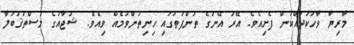
މާރިޔާ ވާހަކަދައްކަން ފެށިއެވެ. އޭރު އޭނަގެ ތުންފަތުގައި ހިނިތުންވުމެއް ވިއެވެ. ޝުޖާއުގެ މުސްތަޤުބަލާ